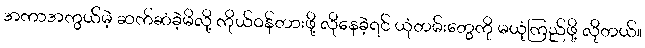
အကာအကွယ်မဲ့ ဆက်ဆံခဲ့မိလို့ ကိုယ်ဝန်တားဖို့ လိုနေခဲ့ရင် ယုံတမ်းတွေကို မယုံကြည်ဖို့ လိုတယ်။